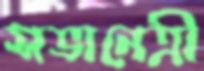
সভানেত্রী